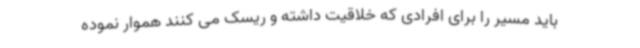
باید مسیر را برای افرادی که خلاقیت داشته و ریسک می کنند هموار نموده